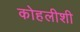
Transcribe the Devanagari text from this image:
कोहलीशी